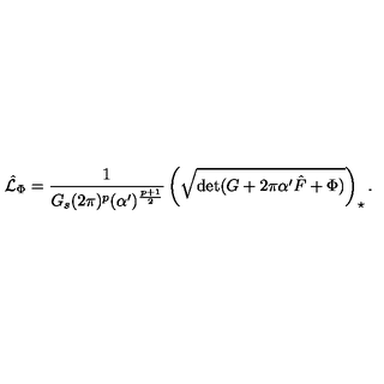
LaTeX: \hat { \cal L } _ { \Phi } = \frac { 1 } { G _ { s } ( 2 \pi ) ^ { p } ( \alpha ^ { \prime } ) ^ { \frac { p + 1 } { 2 } } } \left( \sqrt { \mathrm { d e t } ( G + 2 \pi \alpha ^ { \prime } \hat { F } + \Phi ) } \right) _ { \star } .